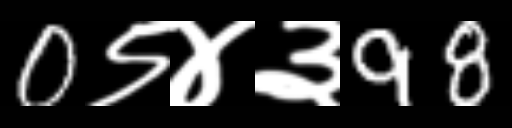
Text: 0९४३98